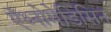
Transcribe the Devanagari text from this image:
ऍथ्नोमेडिसिन